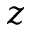
z